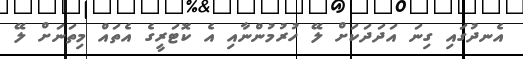
އެނދުގައި ގިނަ އަދަދަކަށް ލޭ ހުރުމުންނާއި އެ ކޮޓަރީގެ އެތައް މިތަނަށް ލޭ